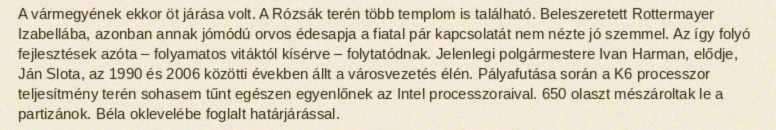
A vármegyének ekkor öt járása volt. A Rózsák terén több templom is található. Beleszeretett Rottermayer Izabellába, azonban annak jómódú orvos édesapja a fiatal pár kapcsolatát nem nézte jó szemmel. Az így folyó fejlesztések azóta – folyamatos vitáktól kísérve – folytatódnak. Jelenlegi polgármestere Ivan Harman, elődje, Ján Slota, az 1990 és 2006 közötti években állt a városvezetés élén. Pályafutása során a K6 processzor teljesítmény terén sohasem tűnt egészen egyenlőnek az Intel processzoraival. 650 olaszt mészároltak le a partizánok. Béla oklevelébe foglalt határjárással.